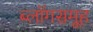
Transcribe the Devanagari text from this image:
ब्लॉगसमूह